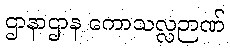
ဌာနာဌာန ကောသလ္လဉာဏ်